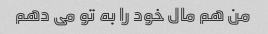
من هم مال خود را به تو می دهم